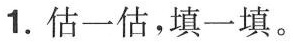
1.估一估，填一填。